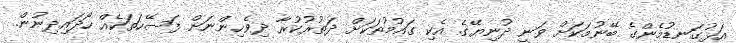
އަޅުގަނޑުމެންގެ ބޭނުމަކަށް ވަނީ ދުނިޔޭގެ އެކި ގައުމުތަކަށް ދަތުރުކުރާ ދިވެހިންނަށް ފަސޭހަތަކެއް ހޯދައިދިނުން.